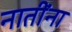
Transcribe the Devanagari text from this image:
नातींना